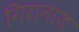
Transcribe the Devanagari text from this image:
गिरानाज़